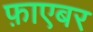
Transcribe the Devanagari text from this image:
फ़ाएबर